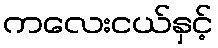
ကလေးငယ်နှင့်